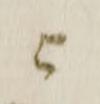
ニ